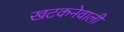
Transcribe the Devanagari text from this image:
खटकनेवाली